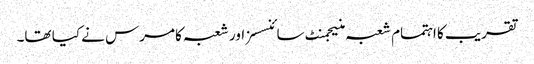
تقریب کا اہتمام شعبہ منیجمنٹ سائنسسز اور شعبہ کامرس نے کیا تھا۔